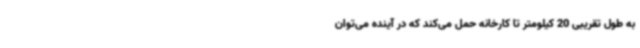
به طول تقریبی 20 کیلومتر تا کارخانه حمل می‌کند که در آینده می‌توان